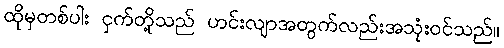
ထိုမှတစ်ပါး ငှက်တို့သည် ဟင်းလျာအတွက်လည်းအသုံးဝင်သည်။